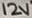
Text: 12V